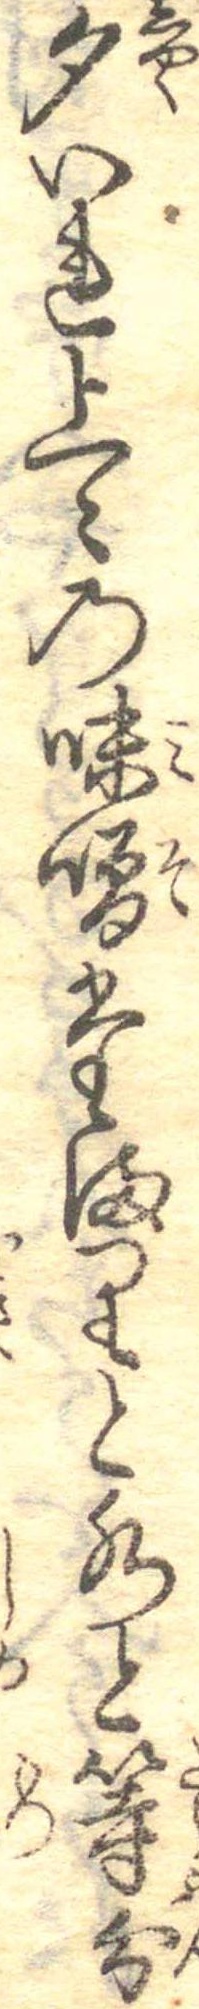
勺いれ上〻の味噌たまりと水と等分